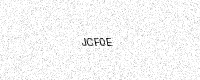
Text: JCF0E